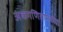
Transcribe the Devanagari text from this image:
अंकगणितामधील